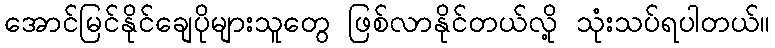
အောင်မြင်နိုင်ချေပိုများသူတွေ ဖြစ်လာနိုင်တယ်လို့ သုံးသပ်ရပါတယ်။